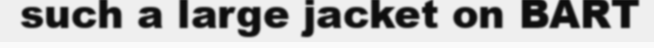
such a large jacket on BART